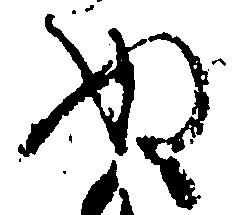
ぬ